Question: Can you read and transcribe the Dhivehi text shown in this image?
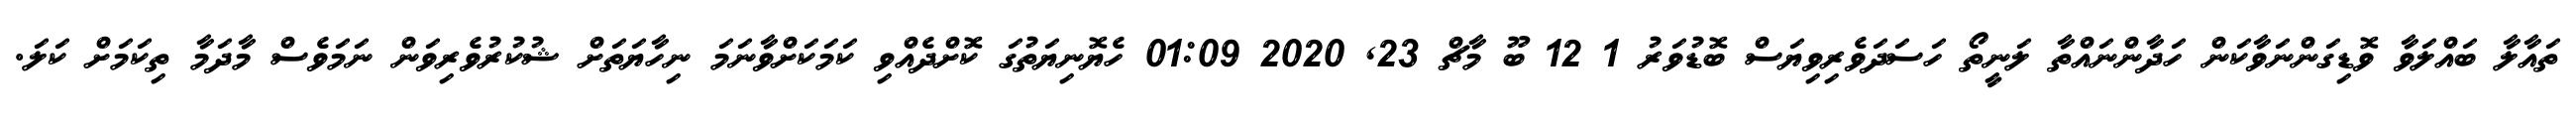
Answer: ތައާލާ ބައްލަވާ ވޮޑިގަންނަވާކަން ހަދާންނައްތާ ލަނީތޯ ހަސަދަވެރިވިޔަސް ބޮޑުވަރު 1 12 ބޫ މާޗް 23, 2020 01:09 ހެޔޮނިޔަތުގަ ކޮށްދެއްވި ކަމަކަށްވާނަމަ ނިހާޔަތަށް ޝުކުރުވެރިވަން ނަމަވެސް މާދަމާ ތިކަމަށް ކަލަ.